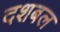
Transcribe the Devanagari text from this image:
दशबल